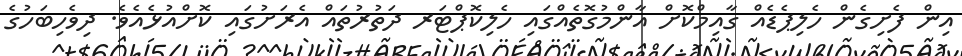
އިން ފެށިގެން ހެލިޕެޑެއް ގާއިމްކޮށް އާންމުގޮތެއްގައި ހެލިކޮޕްޓަރ ދަތުރުތައް އެރަށުގައި ކޮށްއުޅެއެވެ. ދިވެހިބަހުގެ